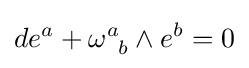
de^{a}+\omega _{\;\;b}^{a}\wedge e^{b}=0